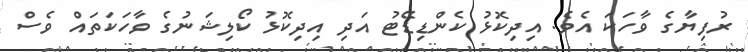
ރުފިޔާގެ ވާހަކަ އެވެ. އިދިކޮޅު ކެންޑިޑޭޓު އަދި އިދިކޮޅު ކޯލިޝަނުގެ ވާހަކަތައް ވެސް